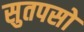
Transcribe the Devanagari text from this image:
सुतपसो